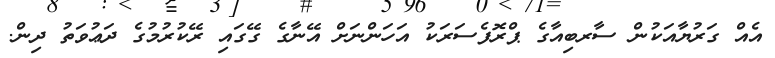
އެއް ގަރުޔާއަކުން ސާރބިއާގެ ޕްރޮފެސަރަކު އަހަންނަށް އޭނާގެ ގޭގައި ރޭކުރުމުގެ ދަޢުވަތު ދިން.